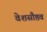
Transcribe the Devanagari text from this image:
वेशसौष्ठव